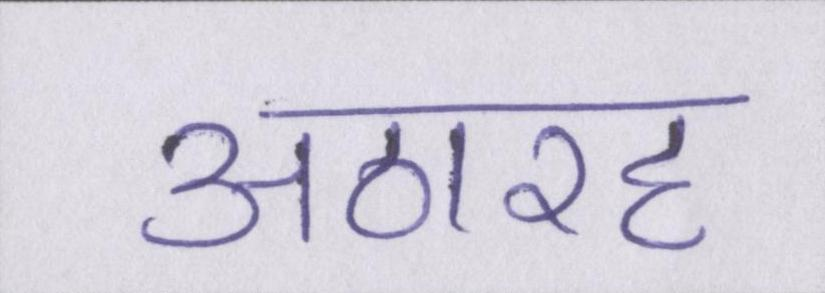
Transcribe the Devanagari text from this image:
अठारह